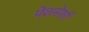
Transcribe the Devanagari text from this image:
पेशमेर्गा